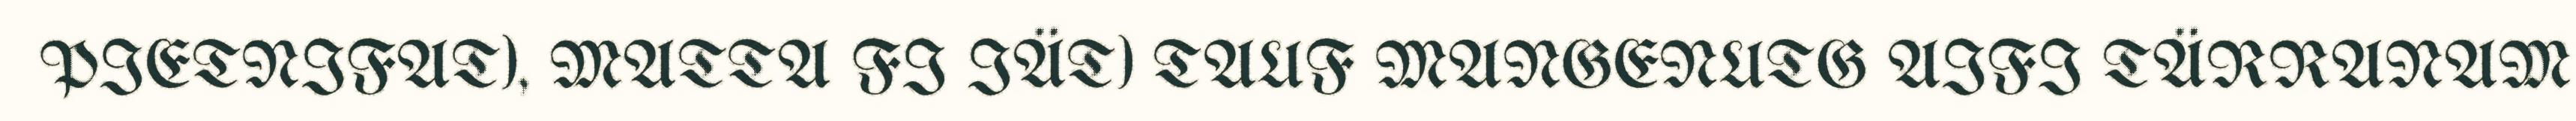
PIETNIFAT), MATTA FI IÄT) TAUF MANGENUTG AIFI TÄRRANAM